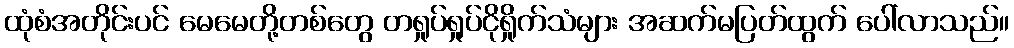
ထုံစံအတိုင်းပင် မေမေတို့တစ်တွေ တရှုပ်ရှုပ်ငိုရှိုက်သံများ အဆက်မပြတ်ထွက် ပေါ်လာသည်။